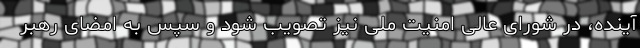
آینده، در شورای عالی امنیت ملی نیز تصویب شود و سپس به امضای رهبر